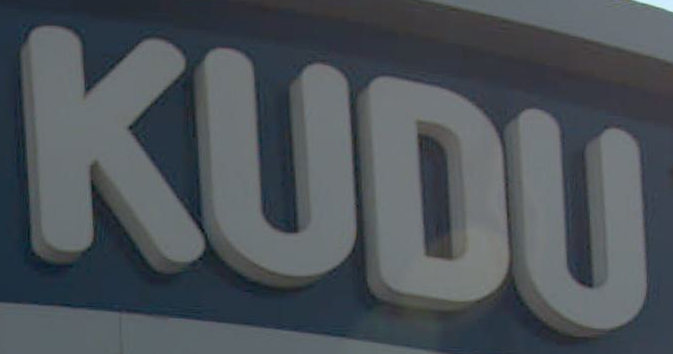
KUDU